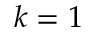
k = 1